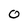
Character: 0